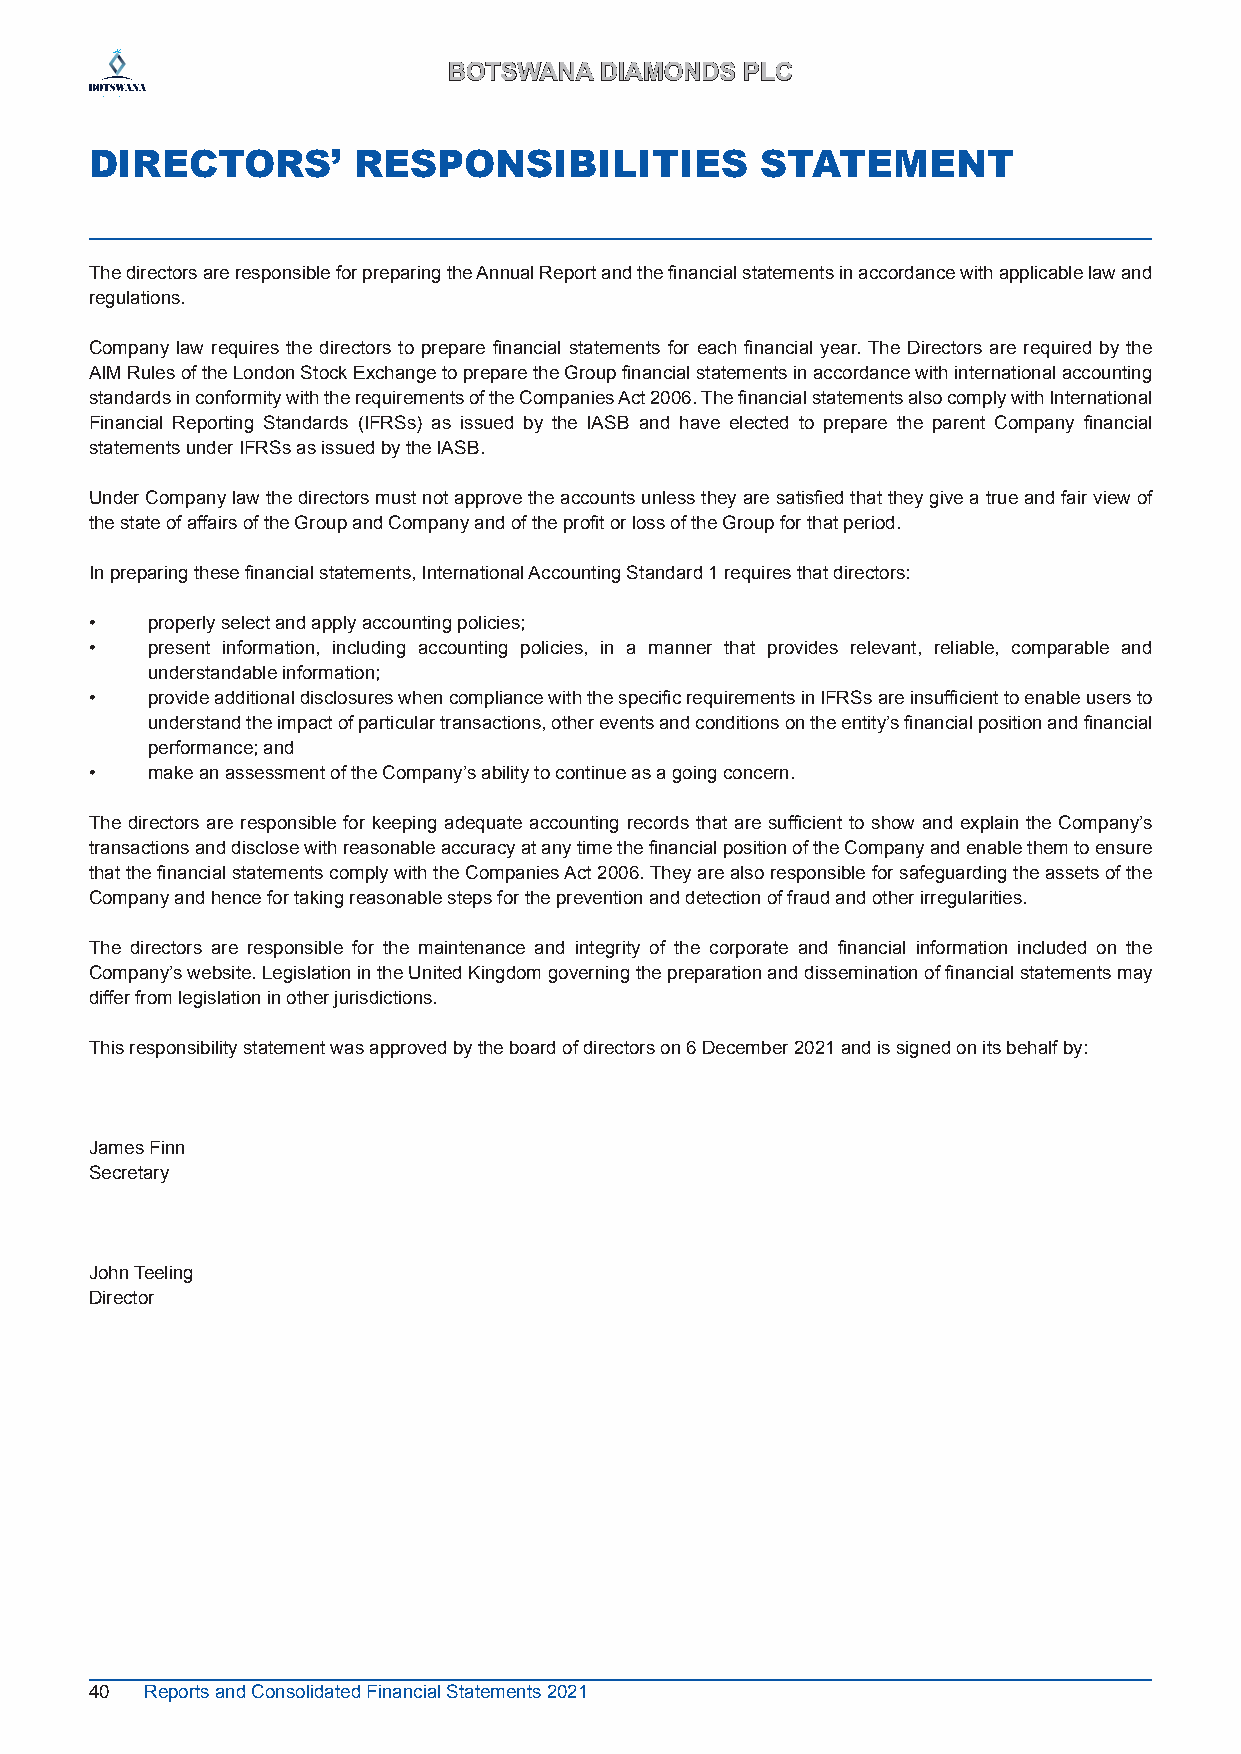
BBOOTTSSWWAANNAA DDIIAAMMOONNDDSS PPLLCC
 DIRECTORS’       RESPONSIBILITIES           STATEMENT
 The directors are responsible for preparing the Annual Report and the financial statements in accordance with applicable law and
 regulations.
 Company law requires the directors to prepare financial statements for each financial year. The Directors are required by the
 AIM Rules of the London Stock Exchange to prepare the Group financial statements in accordance with international accounting
 standards in conformity with the requirements of the Companies Act 2006. The financial statements also comply with International
 Financial Reporting Standards (IFRSs) as issued by the IASB and have elected to prepare the parent Company financial
 statements under IFRSs as issued by the IASB.
 Under Company law the directors must not approve the accounts unless they are satisfied that they give a true and fair view of
 the state of affairs of the Group and Company and of the profit or loss of the Group for that period.
 In preparing these financial statements, International Accounting Standard 1 requires that directors:
 •   properly select and apply accounting policies;
 •   present information, including accounting policies, in a manner that provides relevant, reliable, comparable and
 understandable information;
 •   provide additional disclosures when compliance with the specific requirements in IFRSs are insufficient to enable users to
 understand the impact of particular transactions, other events and conditions on the entity’s financial position and financial
 performance; and
 •   make an assessment of the Company’s ability to continue as a going concern.
 The directors are responsible for keeping adequate accounting records that are sufficient to show and explain the Company’s
 transactions and disclose with reasonable accuracy at any time the financial position of the Company and enable them to ensure
 that the financial statements comply with the Companies Act 2006. They are also responsible for safeguarding the assets of the
 Company and hence for taking reasonable steps for the prevention and detection of fraud and other irregularities.
 The directors are responsible for the maintenance and integrity of the corporate and financial information included on the
 Company’s website. Legislation in the United Kingdom governing the preparation and dissemination of financial statements may
 differ from legislation in other jurisdictions.
 This responsibility statement was approved by the board of directors on 6 December 2021 and is signed on its behalf by:
 James Finn
 Secretary
 John Teeling
 Director
 40  Reports and Consolidated Financial Statements 2021